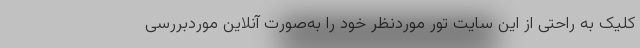
کلیک به راحتی از این سایت تور موردنظر خود را به‌صورت آنلاین موردبررسی